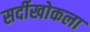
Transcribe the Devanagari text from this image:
सर्दीखोकला